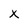
Character: X